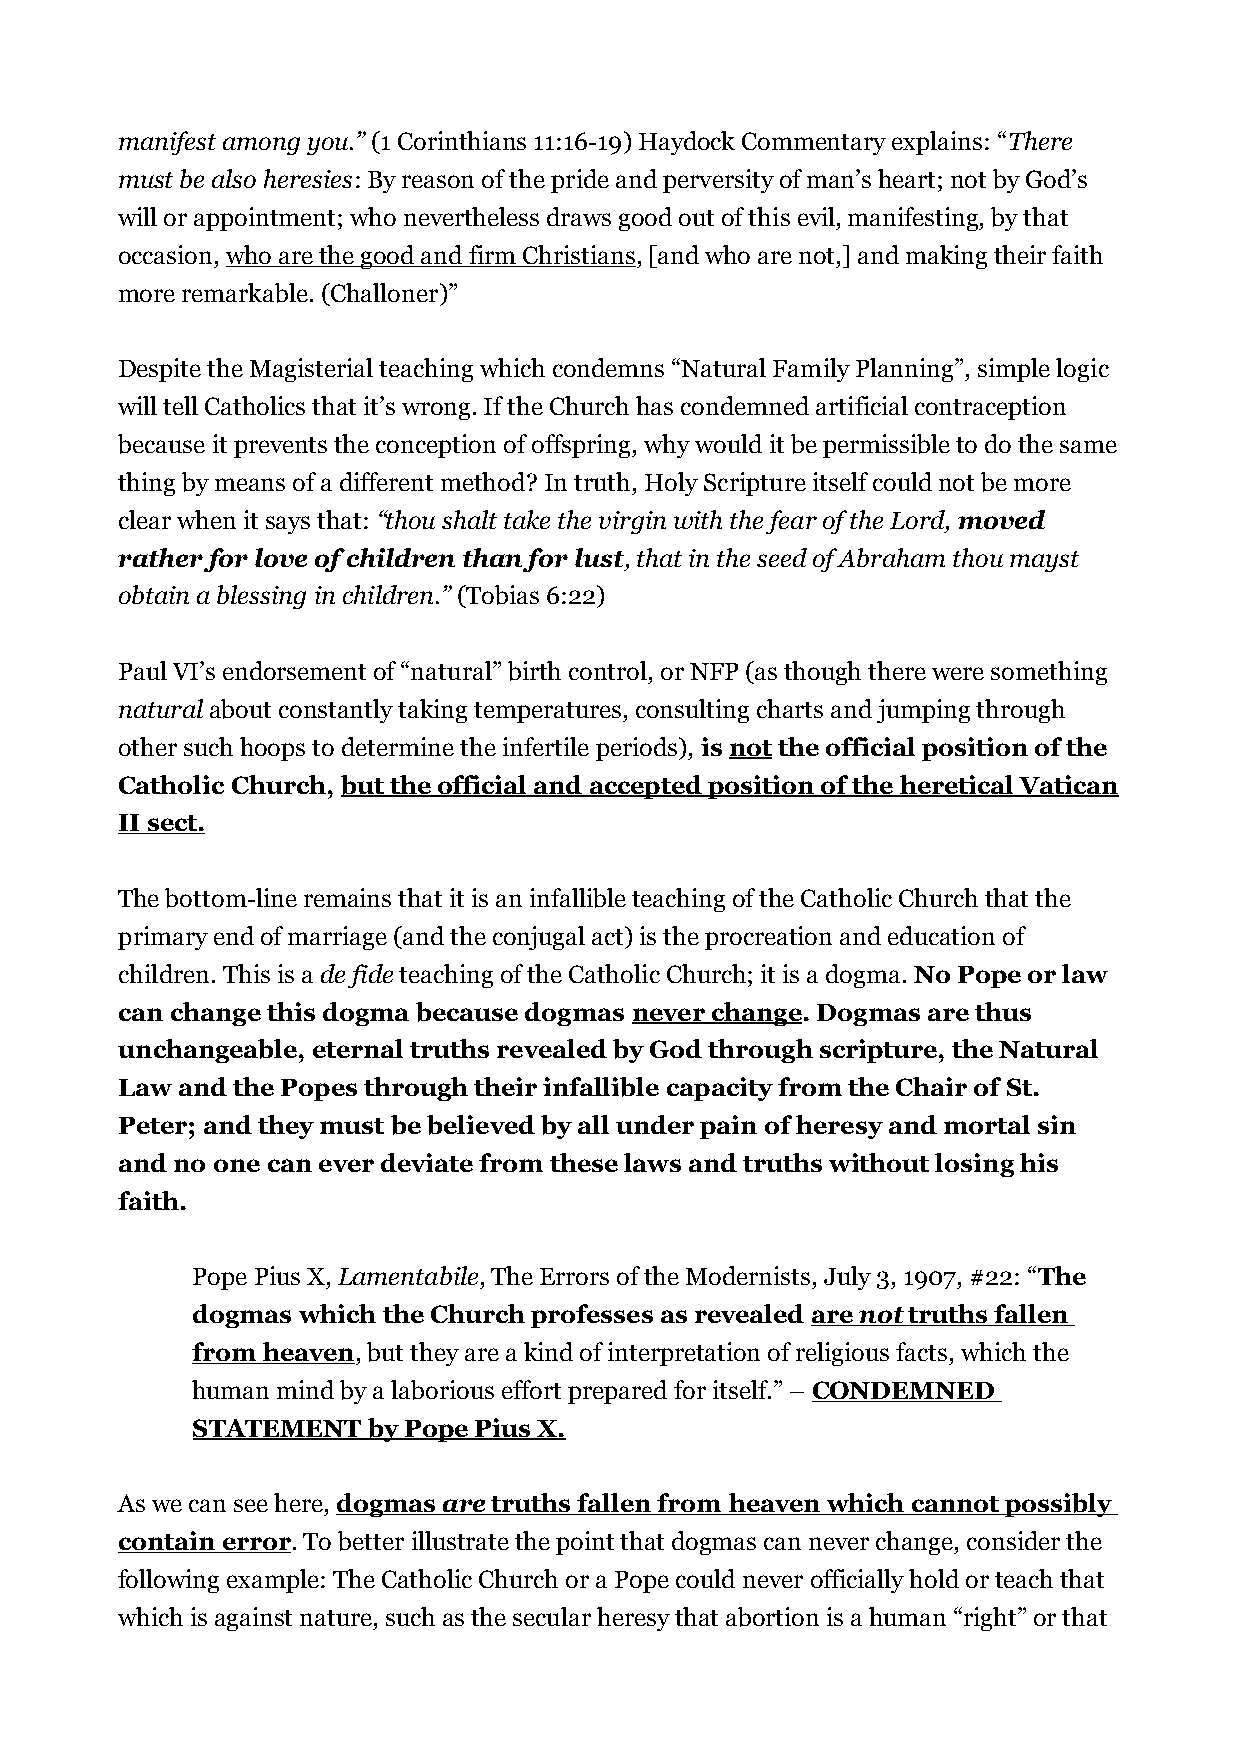
manifest among you.” (1 Corinthians 11:16-19) Haydock Commentary explains: “There
 must be also heresies: By reason of the pride and perversity of man’s heart; not by God’s
 will or appointment; who nevertheless draws good out of this evil, manifesting, by that
 occasion, who are the good and firm Christians, [and who are not,] and making their faith
 more remarkable. (Challoner)”
 Despite the Magisterial teaching which condemns “Natural Family Planning”, simple logic
 will tell Catholics that it’s wrong. If the Church has condemned artificial contraception
 because it prevents the conception of offspring, why would it be permissible to do the same
 thing by means of a different method? In truth, Holy Scripture itself could not be more
 clear when it says that: “thou shalt take the virgin with the fear of the Lord, moved
 rather for love of children than for lust, that in the seed of Abraham thou mayst
 obtain a blessing in children.” (Tobias 6:22)
 Paul VI’s endorsement of “natural” birth control, or NFP (as though there were something
 natural about constantly taking temperatures, consulting charts and jumping through
 other such hoops to determine the infertile periods), is not the official position of the
 Catholic Church, but the official and accepted position of the heretical Vatican
 II sect.
 The bottom-line remains that it is an infallible teaching of the Catholic Church that the
 primary end of marriage (and the conjugal act) is the procreation and education of
 children. This is a de fide teaching of the Catholic Church; it is a dogma. No Pope or law
 can change this dogma because dogmas never change. Dogmas are thus
 unchangeable, eternal truths revealed by God through scripture, the Natural
 Law and the Popes through their infallible capacity from the Chair of St.
 Peter; and they must be believed by all under pain of heresy and mortal sin
 and no one can ever deviate from these laws and truths without losing his
 faith.
 Pope Pius X, Lamentabile, The Errors of the Modernists, July 3, 1907, #22: “The
 dogmas which the Church professes as revealed are not truths fallen
 from heaven, but they are a kind of interpretation of religious facts, which the
 human mind by a laborious effort prepared for itself.” – CONDEMNED
 STATEMENT  by Pope Pius X.
 As we can see here, dogmas are truths fallen from heaven which cannot possibly
 contain error. To better illustrate the point that dogmas can never change, consider the
 following example: The Catholic Church or a Pope could never officially hold or teach that
 which is against nature, such as the secular heresy that abortion is a human “right” or that